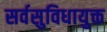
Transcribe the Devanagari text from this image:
सर्वसुविधायुक्त